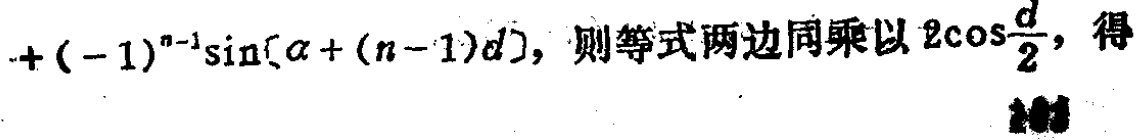
$+(-1)^{n - 1}\sin[\alpha+(n - 1)d]，则等式两边同乘以2\cos\frac{d}{2}，得$